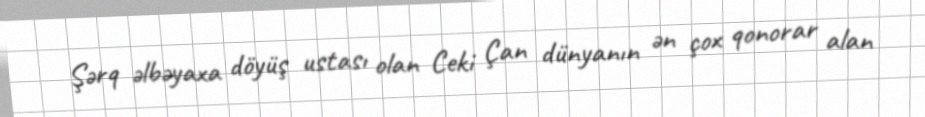
Şərq əlbəyaxa döyüş ustası olan Ceki Çan dünyanın ən çox qonorar alan